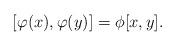
LaTeX: \begin{align*}[\varphi(x),\varphi(y)]=\phi[x,y].\end{align*}